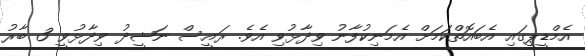
އެމްޑީޕީގައި އެބައޮތްކަމަށް އެމަނިކުފާނު ވިދާޅުވި އެވެ. ރައީސް ނަޝީދު ވިދާޅުވީ 3 ބާރު